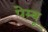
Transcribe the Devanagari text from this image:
पेम्बू